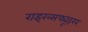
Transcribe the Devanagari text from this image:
राइख्सफ्यूहरर